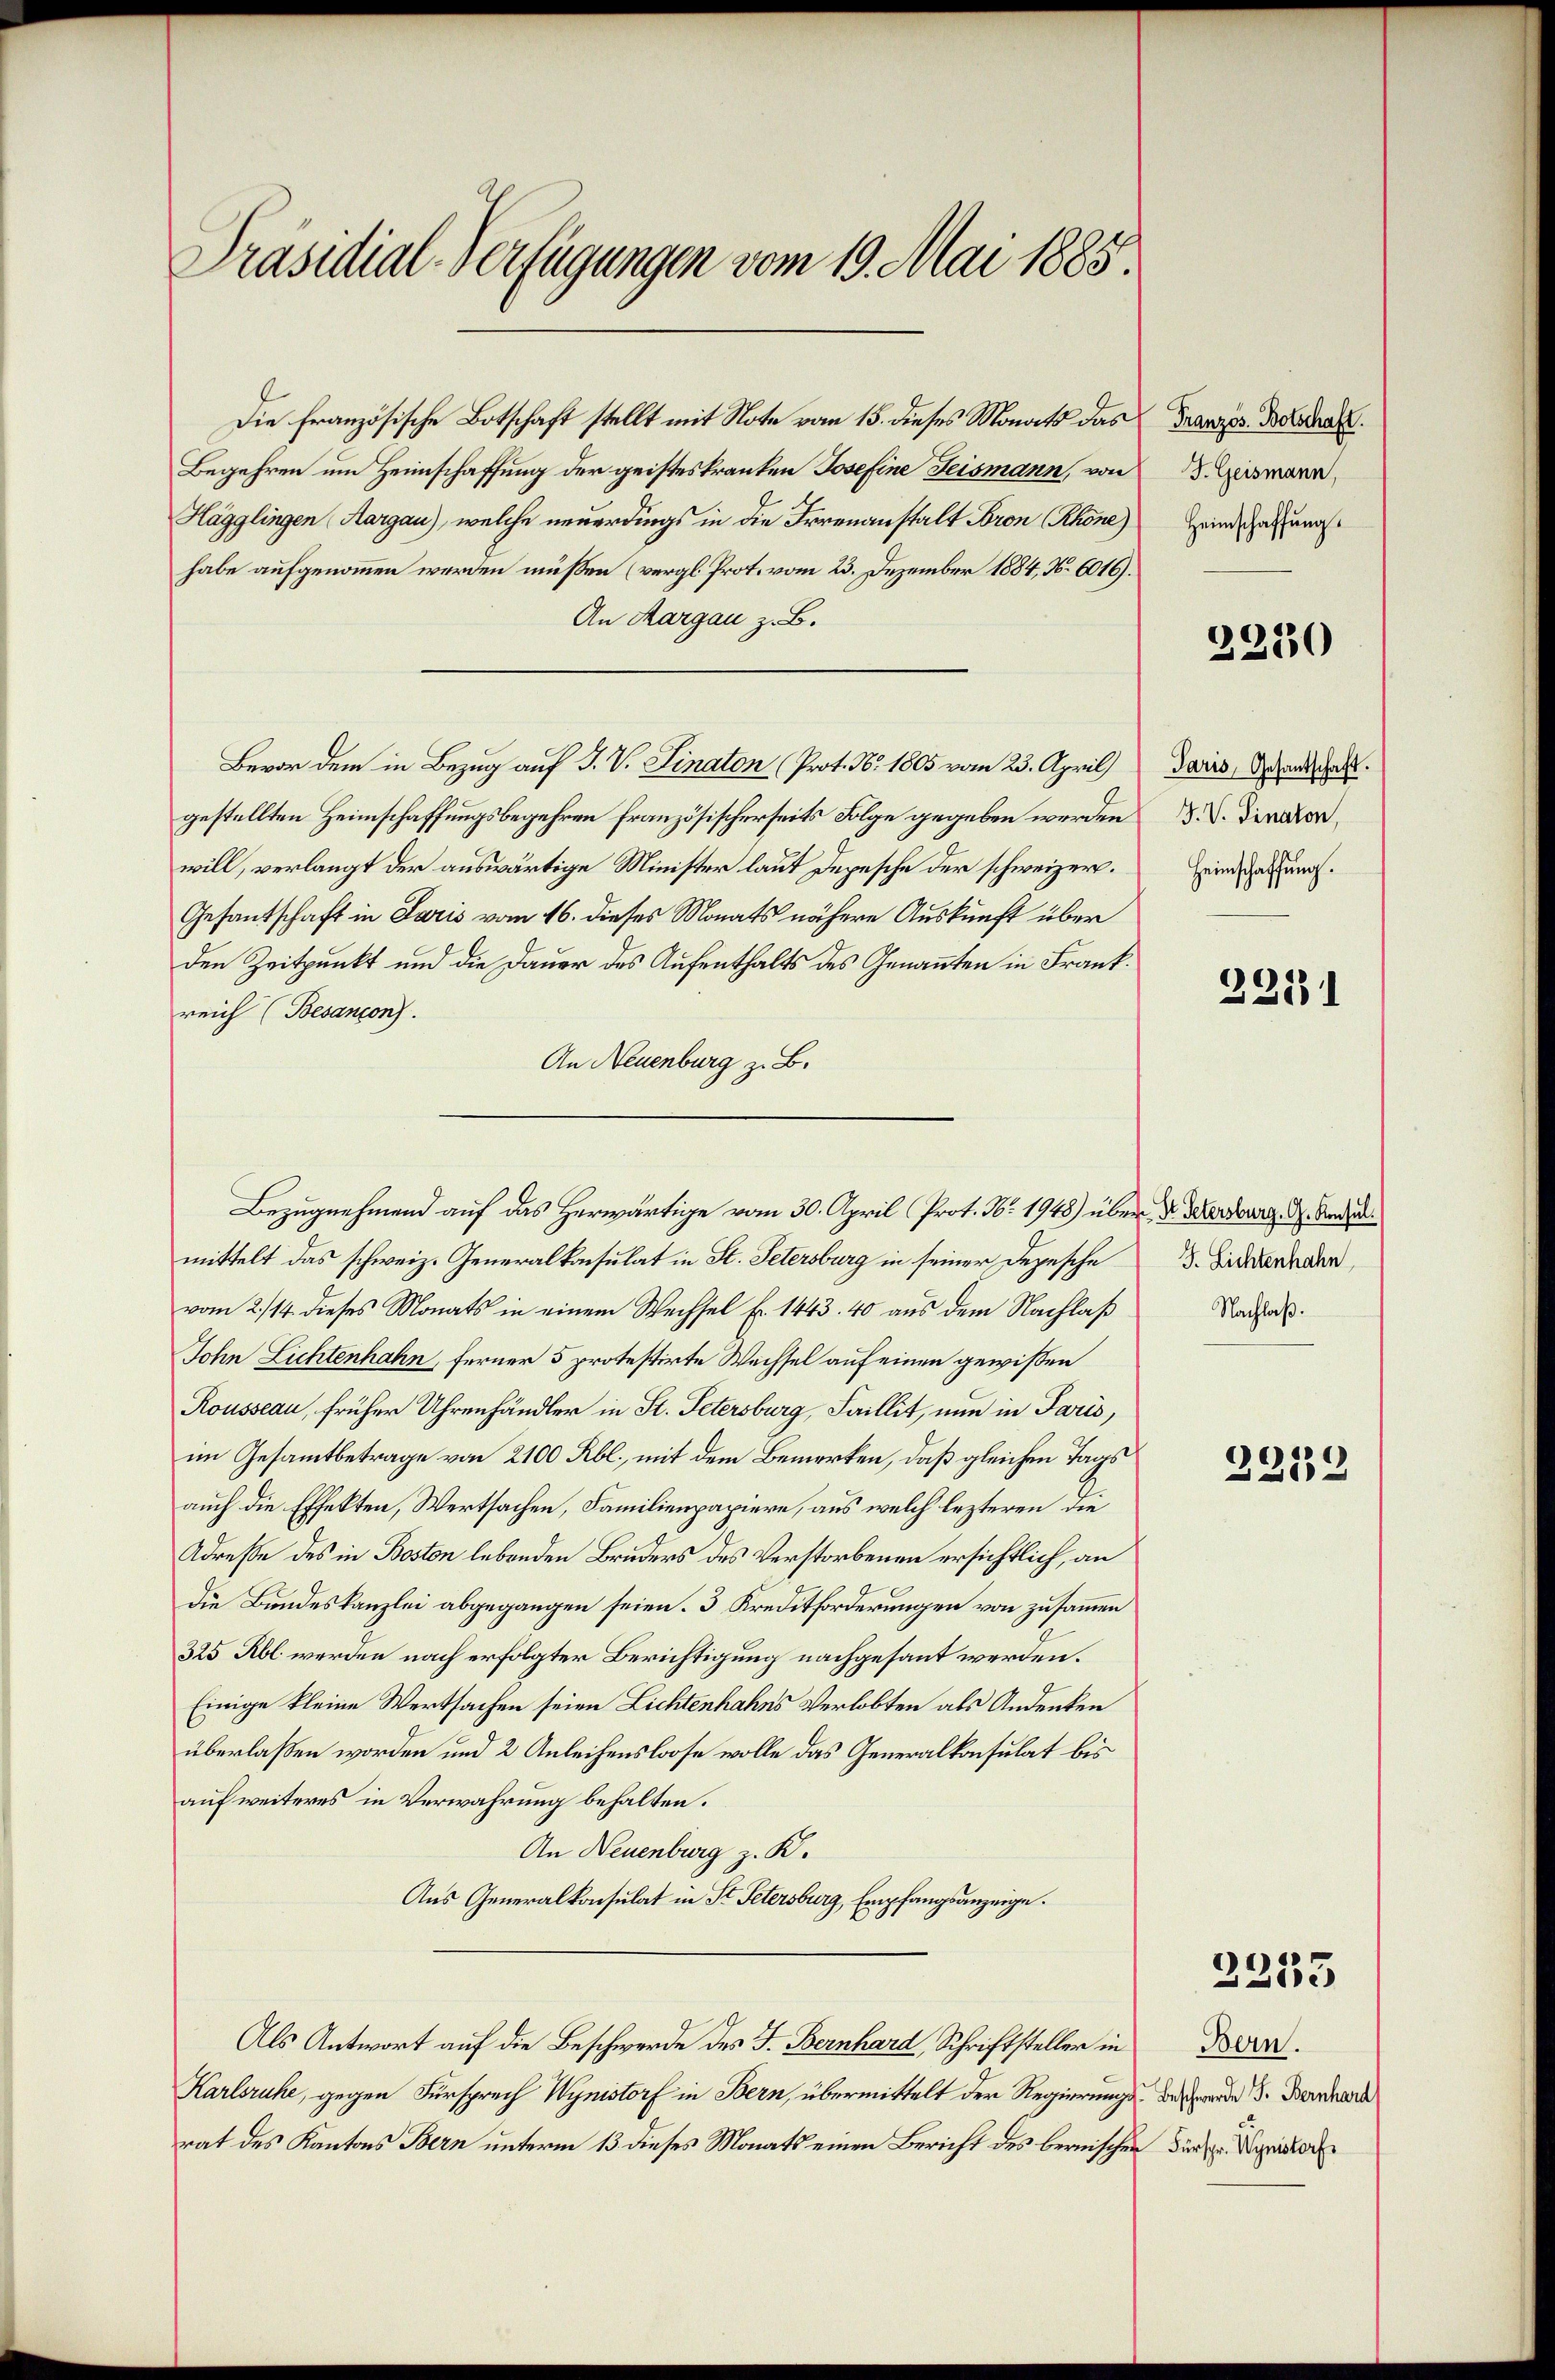
Präsidial-Verfügungen vom 19. Mai 1885.

Die französische Botschaft stellt mit Note vom 15. dieses Monats das
Begehren um Heimschaffung der geisteskranken Josefine Feismann, von
Hägglingen Aargau), welche neuerdings in die Irrenanstalt Bron Rhone)
habe aufgenommen werden müssen (vergl. Prot. vom 23. Dezember 1884, N. 6016).
An Aargau z. B.
Bevor dem in Bezug auf J. V. Linaton (Prot. N. 1805 vom 23. April)
gestellten Heimschaffungsbegehren französischerseits Folge gegeben werden
will, verlangt der auswärtige Minister laut Depesche der schweizer.
Gesantschaft in Paris vom 16. dieses Monats nähere Auskunft über
den Zeitpunkt und die Dauer des Aufenthalts des Genannten in Frank.
reich (Besançon).
An Neuenburg z. B.
mittelt das schweiz. Generalkonsulat in St. Petersburg in seiner Depesche
vom 2./14. dieses Monats in einem Wechsel Fr. 1443. 40 aus dem Nachlaß Nachah.
John Lichtenhahn, ferner 5 protestirte Wechsel auf einen gewißen
Rousseau, früher Uhrenhändler in St. Petersburg, Faillit, nun in Paris,
im Gesammtbetrage von 2100 Rbl., mit dem Bemerken, daß gleichen Tags
auch die Effekten, Wertsachen, Familienpapiere, aus welch lezteren die
Adresse des in Boston lebenden Bruders des Verstorbenen ersichtlich, an
die Bundeskanzlei abgegangen seien. 3 Kreditforderungen von zusammen
325 Rbl. werden nach erfolgter Berichtigung nachgesant werden.
Einige kleine Wertsachen seien Lichtenhahns Verlobten als Andenken
überlaßen worden und 2 Anleihensloose wolle das Generalkonsulat bis
auf weiteres in Verwahrung behalten.
An Neuenburg z. B.
Aus Generalkonsulat in St. Petersburg, Empfangsanzeige.
Als Antwort auf die Beschwerde des J. Bernhard, Schriftsteller in
Karlsruhe, gegen Fürsprech Wynistorf in Bern, übermittelt der Regierungs
rat des Kantons Bern unterm 13. dieses Monats einen Bericht des bernischen

Bezugnehmend auf das Herwärtige vom 30. April Prot. Nr. 1948) über d. Mersburg d. Andre

V Französ. Botschaft.
 J. Geismann,
Heimschaffung.

2230

Paris, Gesantschaft.
J. V. Linaton,
Heimschaffung.

2231

J. Lichtenhahn

2219

2255

Bern.
Beschwerde S. Bernhard
 Fürspr. Hyristorf.